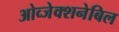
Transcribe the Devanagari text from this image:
ओव्जेक्शनेबिल